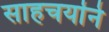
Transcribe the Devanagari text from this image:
साहचर्याने